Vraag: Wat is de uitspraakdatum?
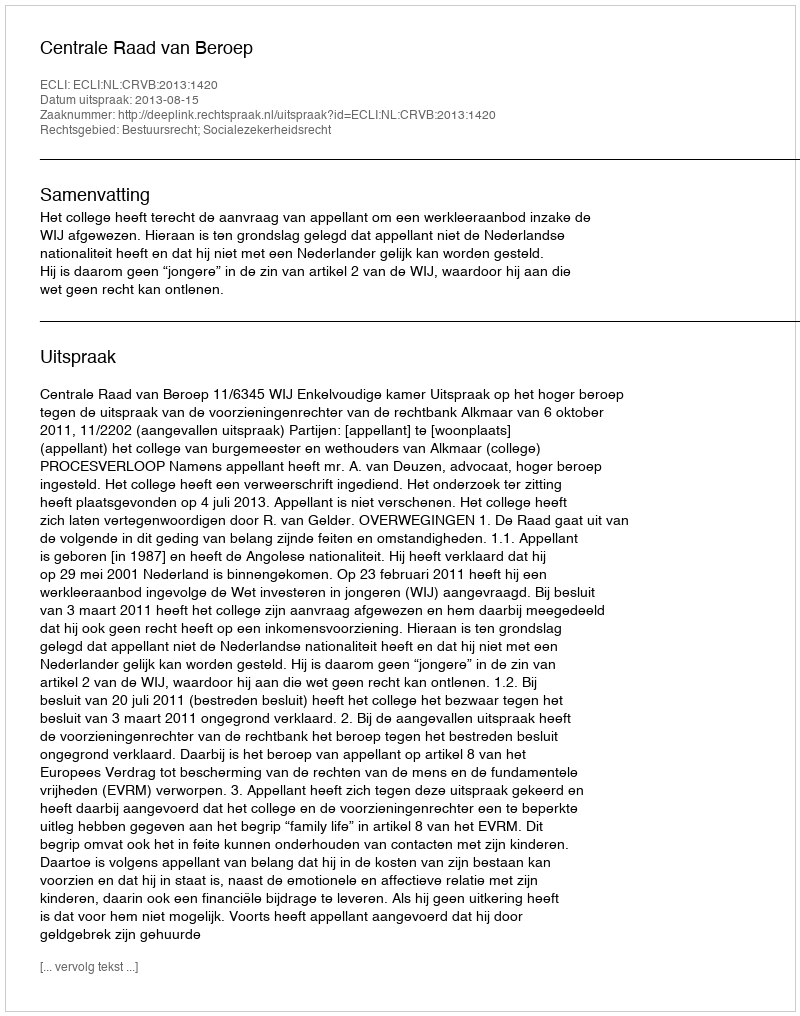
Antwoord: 2013-08-15